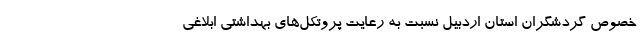
خصوص گردشگران استان اردبیل نسبت به رعایت پروتکل‌های بهداشتی ابلاغی